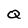
Character: Q